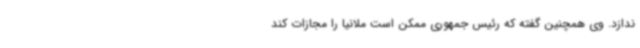
ندازد. وی همچنین گفته که رئیس جمهوری ممکن است ملانیا را مجازات کند